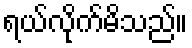
ရယ်လိုက်မိသည်။